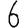
Digit: 6